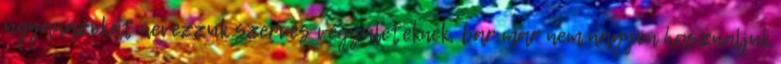
ugyanazokat nevezzuk szerves vegyuleteknek, bar mar nem nagyon hasznaljuk